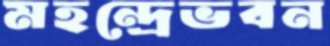
মহন্দ্রেভবন